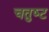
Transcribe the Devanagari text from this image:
चतुष्‍ट